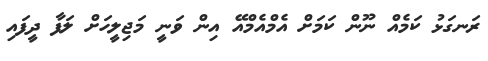
ރަނގަޅު ކަމެއް ނޫން ކަމަށް އެމްއެމްއޭ އިން ވަނީ މަޖިލީހަށް ލަފާ ދީފައި